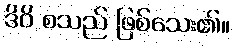
ဒိဝိ စသည် ဖြစ်သေး၏။